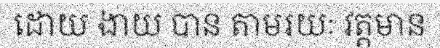
ដោយ ងាយ បាន តាមរយៈ វត្តមាន